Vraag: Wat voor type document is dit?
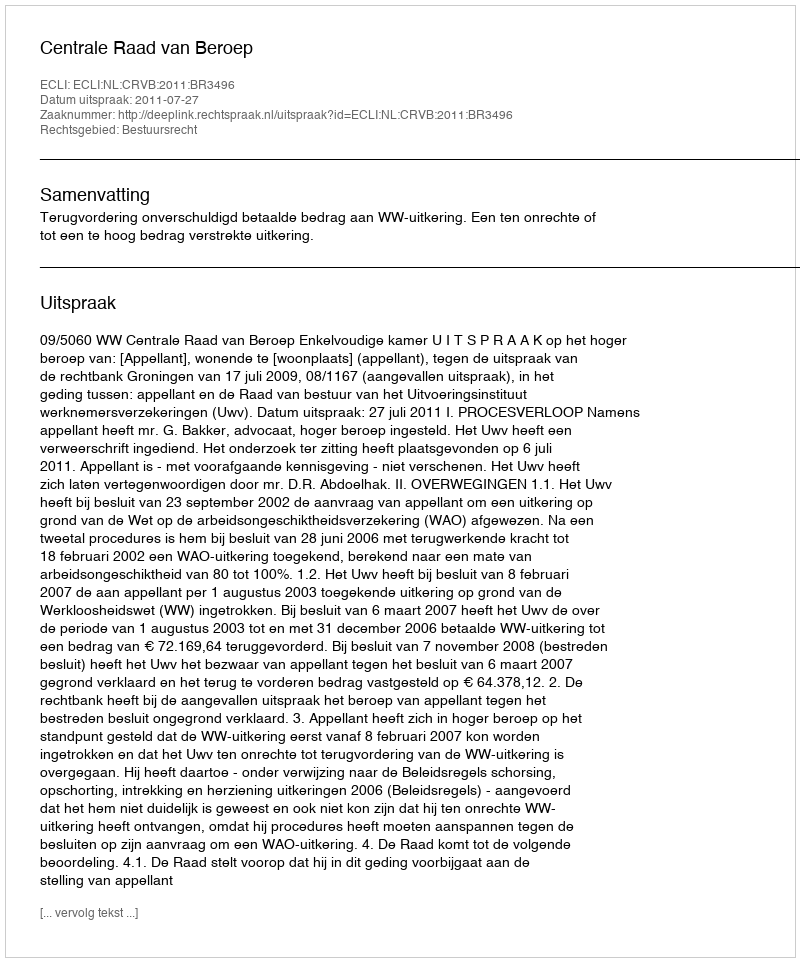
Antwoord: Uitspraak